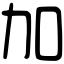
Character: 加